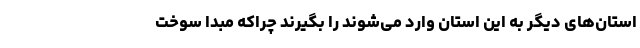
استان‌های دیگر به این استان وارد می‌شوند را بگیرند چراکه مبدا سوخت